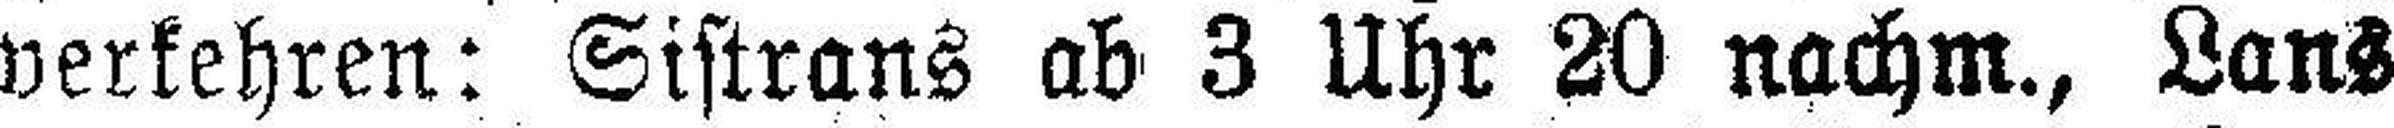
verkehren: Sistrans ab 3 Uhr 20 nachm., Lans